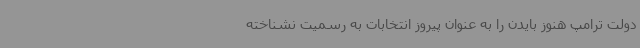
دولت ترامپ هنوز بایدن را به عنوان پیروز انتخابات به رسمیت نشناخته